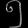
Digit: ၅